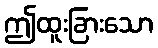
ဤထူးခြားသော